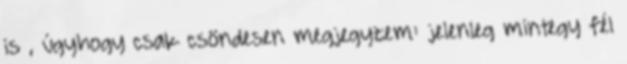
is , úgyhogy csak csöndesen megjegyzem: jelenleg mintegy fél